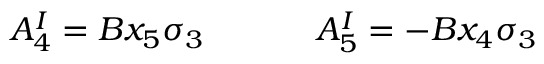
A _ { 4 } ^ { I } = B x _ { 5 } \sigma _ { 3 } ~ ~ ~ ~ ~ ~ ~ ~ ~ ~ A _ { 5 } ^ { I } = - B x _ { 4 } \sigma _ { 3 }